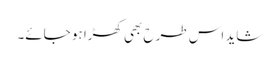
شاید اس طرح بھی کھڑا ہو جائے۔